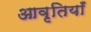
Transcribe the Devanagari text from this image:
आवृतियाँ